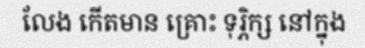
លែង កើតមាន គ្រោះ ទុរ្ភិក្ស នៅក្នុង